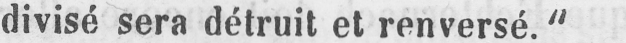
divisé sera détruit et renversé.“